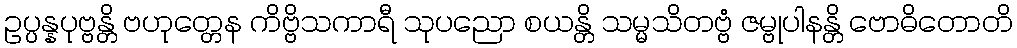
ဥပ္ပန္နပုဗ္ဗန္တိ ဗဟုတ္တေန ကိဗ္ဗိသကာရီ သုပညော စယန္တိ သမ္မသိတဗ္ဗံ ဇမ္ဗုပါနန္တိ ဗောဓိတောတိ